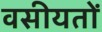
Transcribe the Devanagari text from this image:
वसीयतों